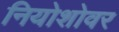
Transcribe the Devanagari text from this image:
नियोशोवर